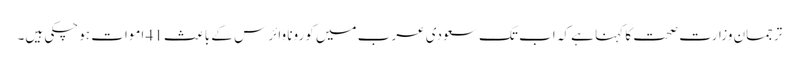
ترجمان وزارت صحت کا کہنا ہے کہ اب تک سعودی عرب میں کورونا وائرس کے باعث 41 اموات ہوچکی ہیں۔